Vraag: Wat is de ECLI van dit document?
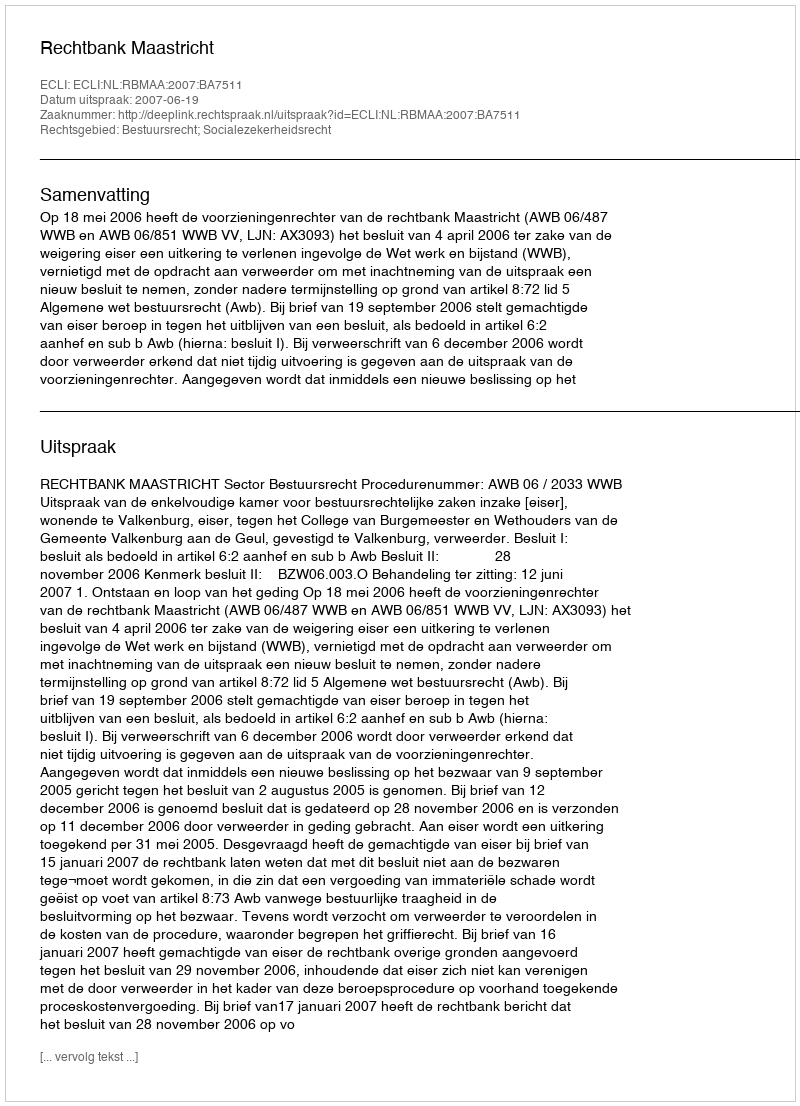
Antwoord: ECLI:NL:RBMAA:2007:BA7511